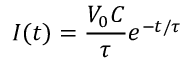
I ( t ) = \frac { V _ { 0 } C } { \tau } e ^ { - t / \tau }